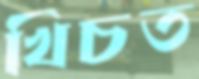
খিঁচত